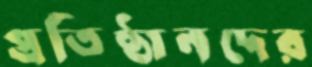
প্রতিষ্ঠানদের